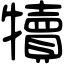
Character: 犢